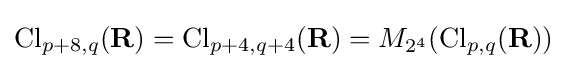
\operatorname {Cl} _{p+8,q}(\mathbf {R} )=\operatorname {Cl} _{p+4,q+4}(\mathbf {R} )=M_{2^{4}}(\operatorname {Cl} _{p,q}(\mathbf {R} ))